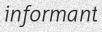
informant